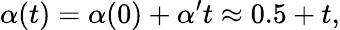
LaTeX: \alpha(t)=\alpha(0)+\alpha^{\prime}t\approx 0.5+t,